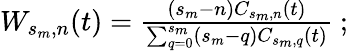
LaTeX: \begin{array}{r}{W_{s_{m},n}(t)=\frac{(s_{m}-n)C_{s_{m},n}(t)}{\sum_{q=0}^{s_{m}}(s_{m}-q)C_{s_{m},q}(t)}~;}\end{array}